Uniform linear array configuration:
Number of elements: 4
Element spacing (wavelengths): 1
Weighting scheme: exponential
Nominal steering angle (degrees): -45
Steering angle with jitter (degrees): -43.207
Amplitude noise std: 0.05
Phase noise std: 0.05

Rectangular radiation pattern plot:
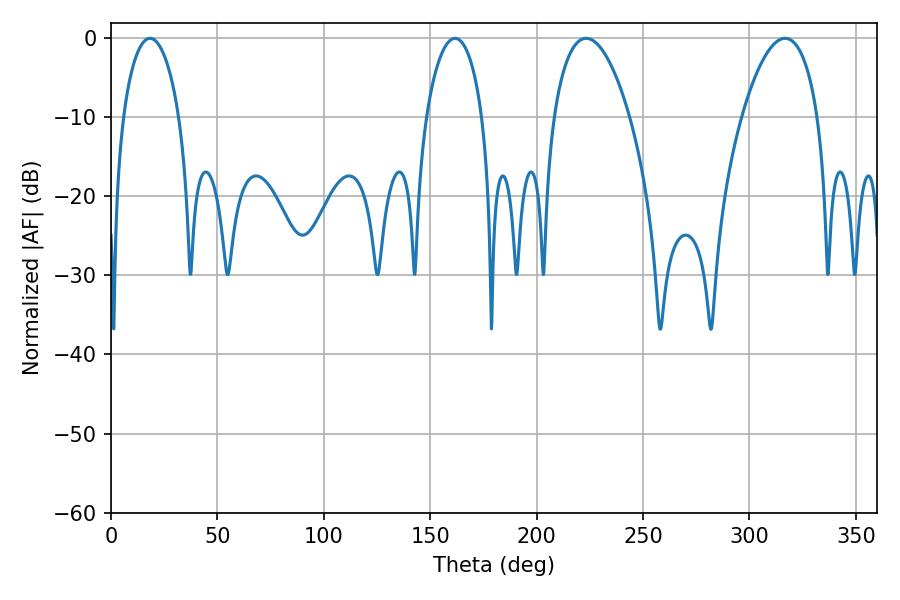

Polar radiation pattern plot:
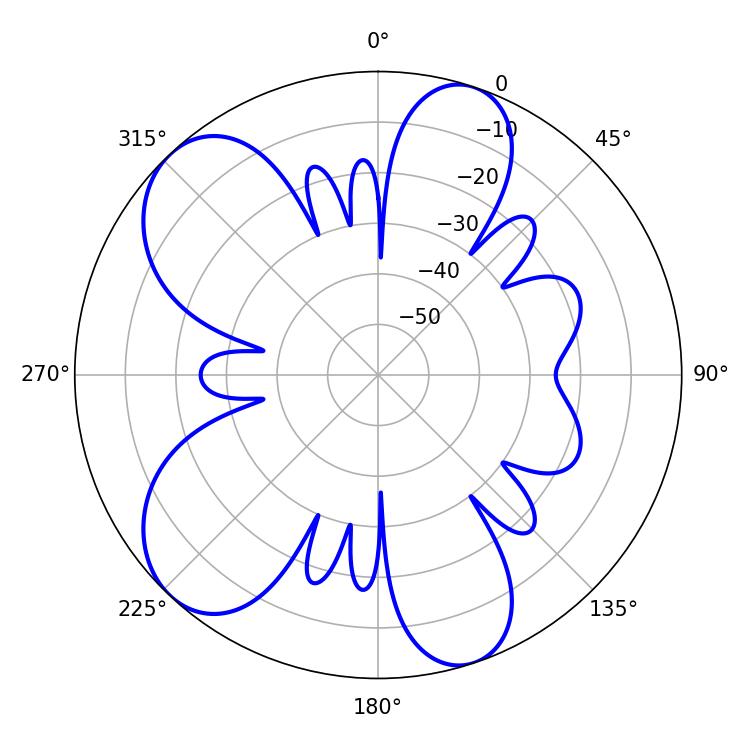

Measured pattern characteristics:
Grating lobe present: TRUE
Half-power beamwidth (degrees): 15.12
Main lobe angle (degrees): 161.64